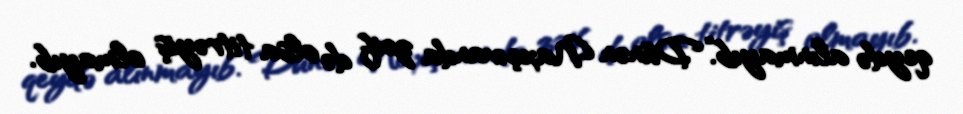
qeydə alınmayıb.“Dünən Naxçıvanda zəif də olsa titrəyiş olmayıb.